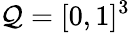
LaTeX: \mathcal{Q}=[0,1]^{3}